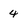
Character: 4